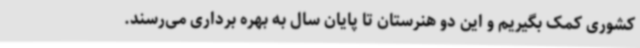
کشوری کمک بگیریم و این دو هنرستان تا پایان سال به بهره برداری می‌رسند.